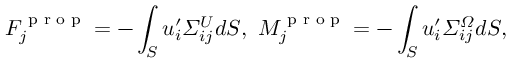
F _ { j } ^ { \textrm { p r o p } } = - \int _ { S } u _ { i } ^ { \prime } \itSigma _ { i j } ^ { U } d S , ~ M _ { j } ^ { \textrm { p r o p } } = - \int _ { S } u _ { i } ^ { \prime } \itSigma _ { i j } ^ { \itOmega } d S ,